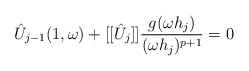
\begin{align*}\hat{U}_{j-1}(1,\omega) + [[\hat{U}_j]]\frac{g(\omega h_j)}{(\omega h_j)^{p+1}} = 0\end{align*}